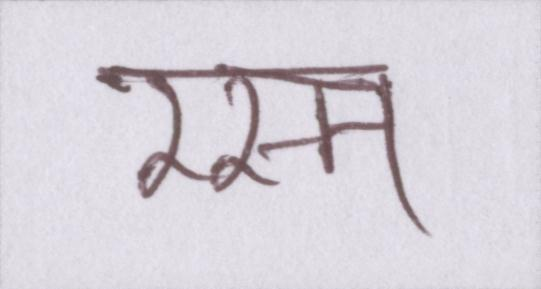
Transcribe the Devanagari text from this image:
रस्म